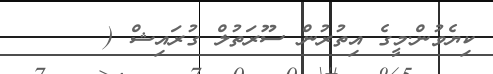
ކިޔެވުން.މީގެ އިތުރުން ސޫރަތުލް ގުރައިޝް (  ١